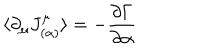
LaTeX: \langle \partial _ { \mu } J _ { ( \alpha ) } ^ { \mu } \rangle = - \frac { \partial \Gamma } { \partial \alpha }